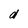
Character: d